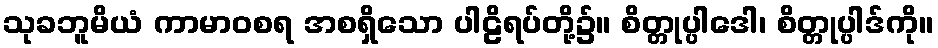
သုခဘူမိယံ ကာမာဝစရ အစရှိသော ပါဠိရပ်တို့၌။ စိတ္တုပ္ပါဒေါ၊ စိတ္တုပ္ပါဒ်ကို။